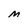
Character: M